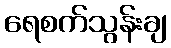
ရေစက်သွန်းချ